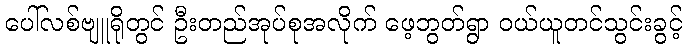
ပေါ်လစ်ဗျူရိုတွင် ဦးတည်အုပ်စုအလိုက် ဖေ့ဘွတ်ရွာ ဝယ်ယူတင်သွင်းခွင့်